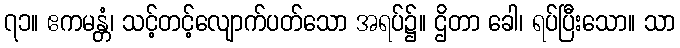
၇၁။ ဧကမန္တံ၊ သင့်တင့်လျောက်ပတ်သော အရပ်၌။ ဌိတာ ခေါ၊ ရပ်ပြီးသော။ သာ